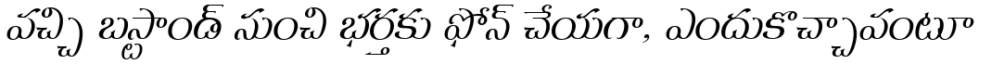
వచ్చి బస్టాండ్ నుంచి భర్తకు ఫోన్ చేయగా, ఎందుకొచ్చావంటూ